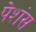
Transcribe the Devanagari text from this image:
पेशंस